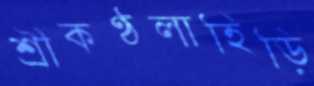
শ্রীকণ্ঠলাহিড়ি